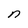
Character: n